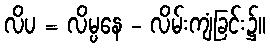
လိပ = လိမ္ပနေ - လိမ်းကျံခြင်း၌။